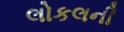
લોકલની